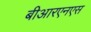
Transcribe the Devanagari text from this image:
बीआरएनएस